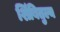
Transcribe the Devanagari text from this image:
शिंबितुल्य